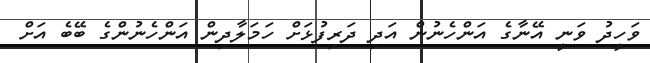
ވަހީދު ވަނީ އޭނާގެ އަންހެނުން އަދި ދަރިފުޅަށް ހަމަލާދިން އަންހެނުންގެ ބޭބެ އަށް